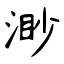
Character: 渺